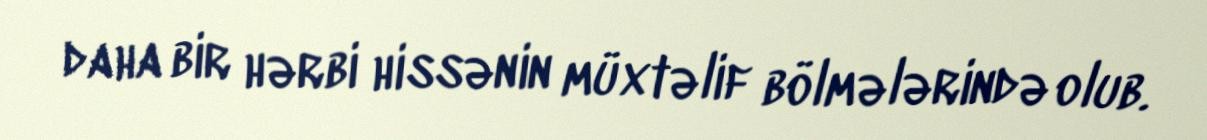
daha bir hərbi hissənin müxtəlif bölmələrində olub.